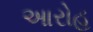
આરોહ